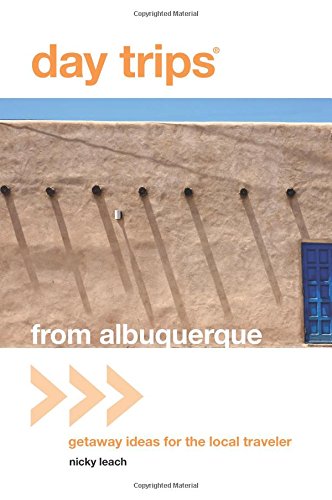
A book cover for Day TripsÂ® from Albuquerque: Getaway Ideas For The Local Traveler (Day Trips Series); Nicky Leach; Travel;